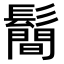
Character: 鬝